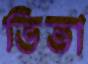
ভিতা